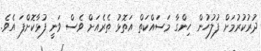
ދުރުކުރުމަށް ފުލުހުން ހިންގާ މަސައްކަތް އަތޮޅު ތެރެއަށް ވެސް ވަނީ ފުޅާކޮށްފަ އެވެ.